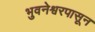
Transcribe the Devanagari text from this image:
भुवनेश्वरपासून